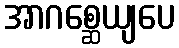
အာဂစ္ဆေယျပေ